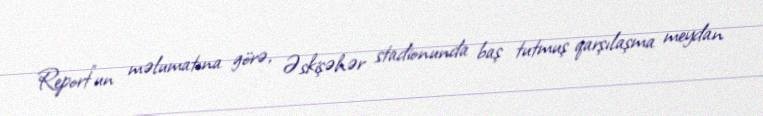
Report"un məlumatına görə, Əskişəhər stadionunda baş tutmuş qarşılaşma meydan